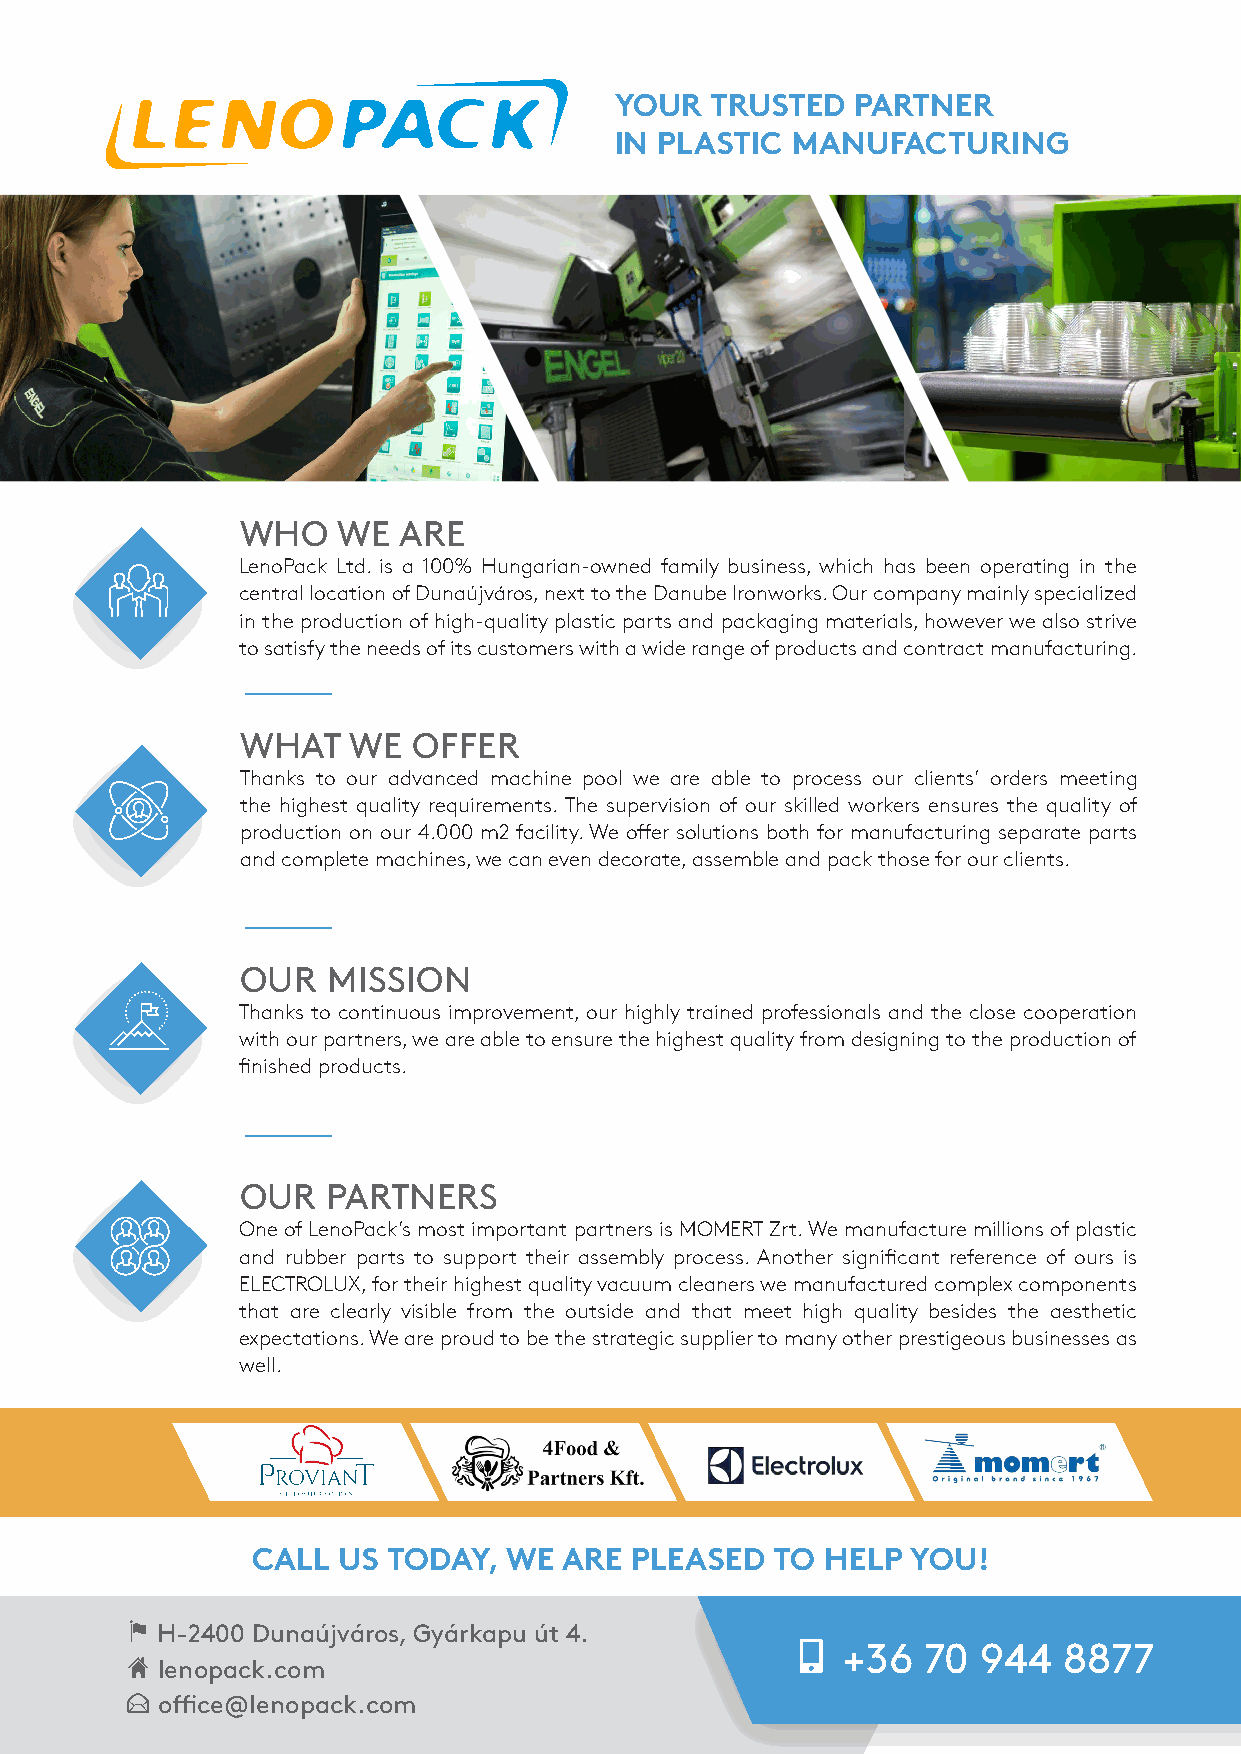
YOUR  TRUSTED   PARTNER
 IN PLASTIC MANUFACTURING
 WHO   WE  ARE
 LenoPack Ltd. is a 100% Hungarian-owned family business, which has been operating in the
 central location of Dunaújváros, next to the Danube Ironworks. Our company mainly specialized
 in the production of high-quality plastic parts and packaging materials, however we also strive
 to satisfy the needs of its customers with a wide range of products and contract manufacturing.
 WHAT   WE  OFFER
 Thanks to our advanced machine pool we are able to process our clients’ orders meeting
 the highest quality requirements. The supervision of our skilled workers ensures the quality of
 production on our 4.000 m2 facility. We offer solutions both for manufacturing separate parts
 and complete machines, we can even decorate, assemble and pack those for our clients.
 OUR   MISSION
 Thanks to continuous improvement, our highly trained professionals and the close cooperation
 with our partners, we are able to ensure the highest quality from designing to the production of
 finished products.
 OUR   PARTNERS
 One of LenoPack’s most important partners is MOMERT Zrt. We manufacture millions of plastic
 and rubber parts to support their assembly process. Another significant reference of ours is
 ELECTROLUX, for their highest quality vacuum cleaners we manufactured complex components
 that are clearly visible from the outside and that meet high quality besides the aesthetic
 expectations. We are proud to be the strategic supplier to many other prestigeous businesses as
 well.
 CALL US  TODAY, WE  ARE  PLEASED  TO  HELP YOU!
 f H-2400 Dunaújváros, Gyárkapu út 4.
 n
 +36  70  944  8877
 H lenopack.com
 E office@lenopack.com